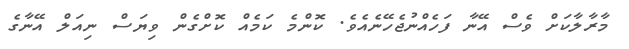
މާރާލާކަށް ވެސް އޭނާ ފަހެއްނުޖެހޭނެއެވެ. ކޮންމެ ކަމެއް ކޮށްގެން ވިޔަސް ނިއަލް އޭނާގެ